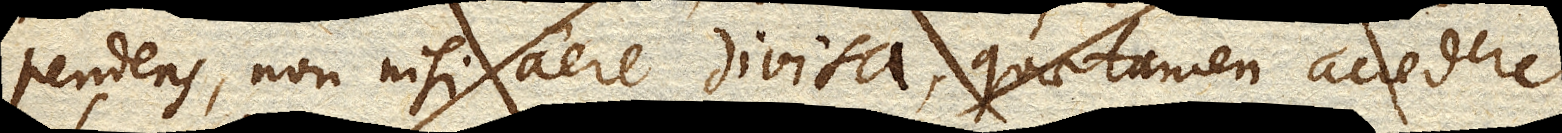
pendens, non nisi aere divisa, quae tamen accedere